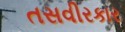
તસવીરકાર